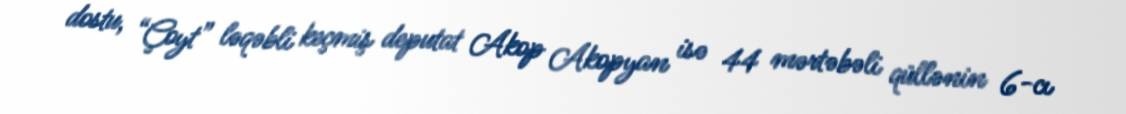
dostu, “Çoyt” ləqəbli keçmiş deputat Akop Akopyan isə 44 mərtəbəli qüllənin 6-cı